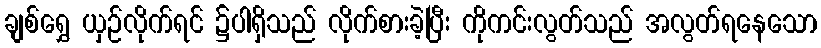
ချစ်ရွှေ ယှဉ်လိုက်ရင် ၌ပါရှိသည် လိုက်စားခဲ့ပြီး ကိုကင်းလွတ်သည် အလွတ်ရနေသော